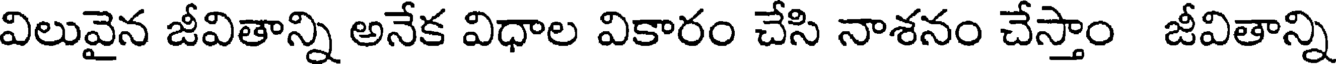
విలువైన జీవితాన్ని అనేక విధాల వికారం చేసి నాశనం చేస్తాం జీవితాన్ని